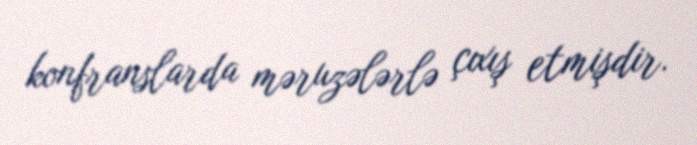
konfranslarda məruzələrlə çıxış etmişdir.